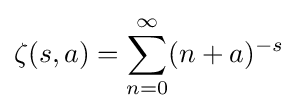
\zeta (s,a)=\sum _{n=0}^{\infty }(n+a)^{-s}